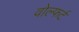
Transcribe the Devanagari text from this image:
वोल्फर्ट